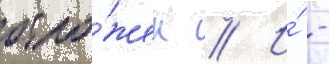
отло́жен // И́ -